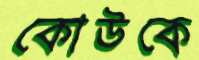
কোউকে